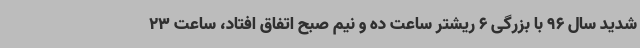
شدید سال 96 با بزرگی 6 ریشتر ساعت ده و نیم صبح اتفاق افتاد، ساعت 23